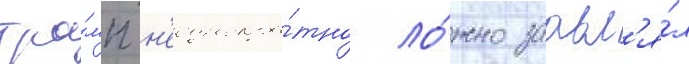
тра́мп н'еоднокра́тно ло́жно заавл'я́л